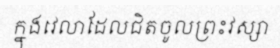
ក្នុងវេលាដែលជិតចូលព្រះវស្សា